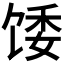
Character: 𫗪